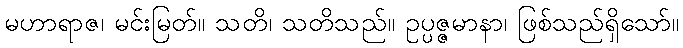
မဟာရာဇ၊ မင်းမြတ်။ သတိ၊ သတိသည်။ ဥပ္ပဇ္ဇမာနာ၊ ဖြစ်သည်ရှိသော်။